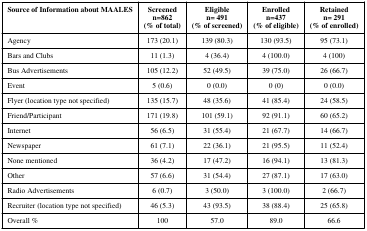
<table><thead><tr><td><b>Source of Information about MAALES</b></td><td><b>Screenedn=862(% of total)</b></td><td><b>Eligiblen= 491(% of screened)</b></td><td><b>Enrolledn=437(% of eligible)</b></td><td><b>Retainedn= 291(% of enrolled)</b></td></tr></thead><tbody><tr><td>Agency</td><td>173 (20.1)</td><td>139 (80.3)</td><td>130 (93.5)</td><td>95 (73.1)</td></tr><tr><td>Bars and Clubs</td><td>11 (1.3)</td><td>4 (36.4)</td><td>4 (100.0)</td><td>4 (100)</td></tr><tr><td>Bus Advertisements</td><td>105 (12.2)</td><td>52 (49.5)</td><td>39 (75.0)</td><td>26 (66.7)</td></tr><tr><td>Event</td><td>5 (0.6)</td><td>0 (0.0)</td><td>0 (0)</td><td>0 (0.0)</td></tr><tr><td>Flyer (location type not specified)</td><td>135 (15.7)</td><td>48 (35.6)</td><td>41 (85.4)</td><td>24 (58.5)</td></tr><tr><td>Friend/Participant</td><td>171 (19.8)</td><td>101 (59.1)</td><td>92 (91.1)</td><td>60 (65.2)</td></tr><tr><td>Internet</td><td>56 (6.5)</td><td>31 (55.4)</td><td>21 (67.7)</td><td>14 (66.7)</td></tr><tr><td>Newspaper</td><td>61 (7.1)</td><td>22 (36.1)</td><td>21 (95.5)</td><td>11 (52.4)</td></tr><tr><td>None mentioned</td><td>36 (4.2)</td><td>17 (47.2)</td><td>16 (94.1)</td><td>13 (81.3)</td></tr><tr><td>Other</td><td>57 (6.6)</td><td>31 (54.4)</td><td>27 (87.1)</td><td>17 (63.0)</td></tr><tr><td>Radio Advertisements</td><td>6 (0.7)</td><td>3 (50.0)</td><td>3 (100.0)</td><td>2 (66.7)</td></tr><tr><td>Recruiter (location type not specified)</td><td>46 (5.3)</td><td>43 (93.5)</td><td>38 (88.4)</td><td>25 (65.8)</td></tr><tr><td>Overall %</td><td>100</td><td>57.0</td><td>89.0</td><td>66.6</td></tr></tbody></table>